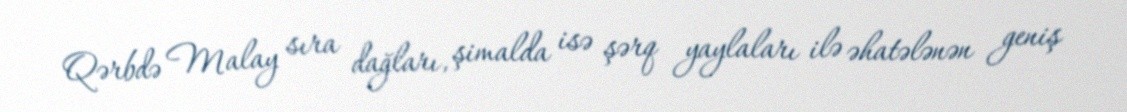
Qərbdə Malay sıra dağları, şimalda isə şərq yaylaları ilə əhatələnən geniş